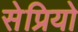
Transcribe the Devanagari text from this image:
सेप्रियो